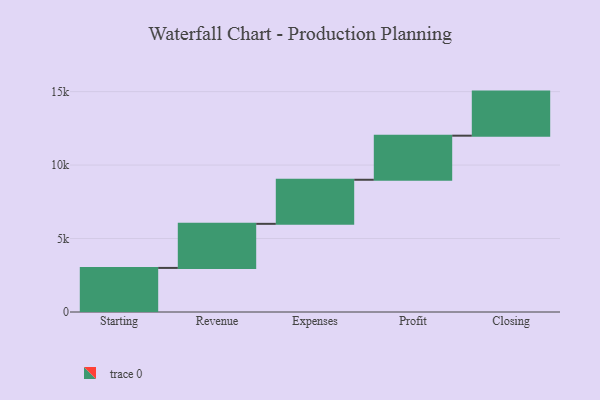
{"axis": {"x": "Step", "y": "Value"}, "legend": [""], "data": [{"x": "Starting", "y": 3000, "type": ""}, {"x": "Revenue", "y": 3000, "type": ""}, {"x": "Expenses", "y": 3000, "type": ""}, {"x": "Profit", "y": 3000, "type": ""}, {"x": "Closing", "y": 3000, "type": ""}]}